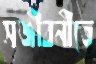
সঞ্জীবনীতে